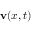
\mathbf { v } ( x , t )